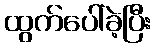
ထွက်ပေါ်ခဲ့ပြီး